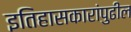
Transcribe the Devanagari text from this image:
इतिहासकारांपुढील